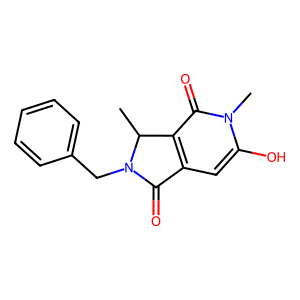
SMILES: CC1c2c(cc(O)n(C)c2=O)C(=O)N1Cc1ccccc1
Inhibits HIV replication: No